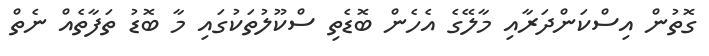
ގޮތުން އިސްކަންދަރާއި މާލޭގެ އެހެން ބޮޑެތި ސްކޫލުތަކުގައި މާ ބޮޑު ތަފާތެއް ނެތް